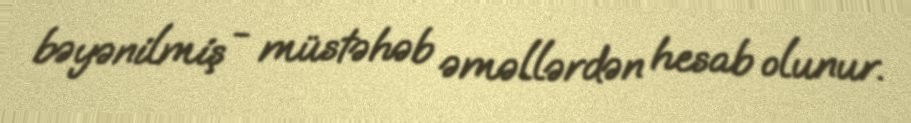
bəyənilmiş - müstəhəb əməllərdən hesab olunur.